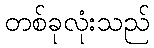
တစ်ခုလုံးသည်